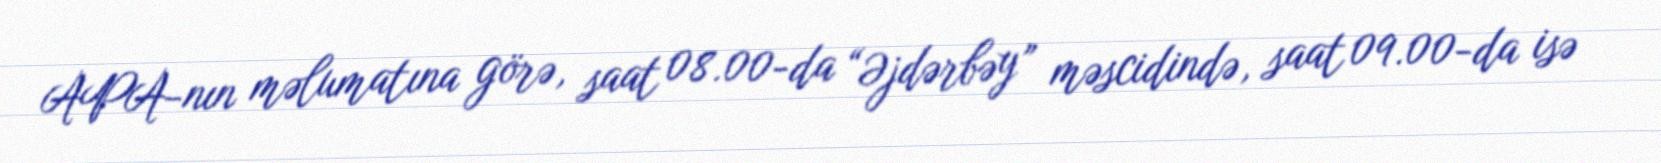
APA-nın məlumatına görə, saat 08.00-da “Əjdərbəy” məscidində, saat 09.00-da isə